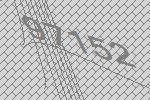
97152